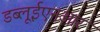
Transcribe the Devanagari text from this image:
डब्लूईएनआर